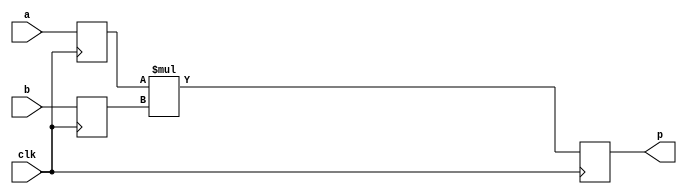

module gng_smul_16_18 (
    // System signals
    input clk,                  // system clock

    // Data interface
    input [15:0] a,             // multiplicand
    input [17:0] b,             // multiplicator
    output [33:0] p             // result
);

// Behavioral model
reg signed [15:0] a_reg;
reg signed [17:0] b_reg;
reg signed [33:0] prod;

always @ (posedge clk) begin
    a_reg <= a;
    b_reg <= b;
end

always @ (posedge clk) begin
    prod <= a_reg * b_reg;
end

assign p = prod;


endmodule